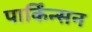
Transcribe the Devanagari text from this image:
पार्किंन्सन